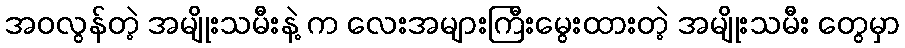
အဝလွန်တဲ့ အမျိုးသမီးနဲ့ က လေးအများကြီးမွေးထားတဲ့ အမျိုးသမီး တွေမှာ